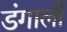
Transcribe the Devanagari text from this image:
डंगालों